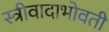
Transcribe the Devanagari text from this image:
स्त्रीवादाभोवती